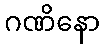
ဂဏိနော